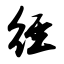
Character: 径